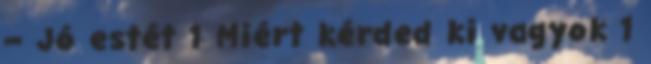
– Jó estét 1 Miért kérded ki vagyok 1